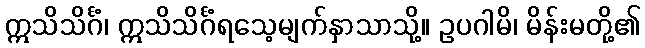
ဣသိသိင်္ဂံ၊ ဣသိသိင်္ဂံရသေ့မျက်နှာသာသို့။ ဥပဂါမိ၊ မိန်းမတို့၏